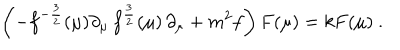
\left( - f ^ { - { \frac { 3 } { 2 } } } ( \mu ) \partial _ { \mu } \, f ^ { { \frac { 3 } { 2 } } } ( \mu ) \, \partial _ { \mu } + m ^ { 2 } f \right) F ( \mu ) = k F ( \mu ) \ .